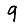
Digit: 9